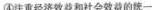
④注重经济效益和社会效益的统一